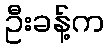
ဦးခန့်က